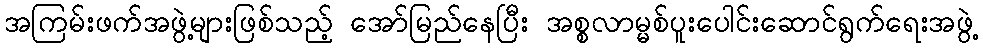
အကြမ်းဖက်အဖွဲ့များဖြစ်သည့် အော်မြည်နေပြီး အစ္စလာမ္မစ်ပူးပေါင်းဆောင်ရွက်ရေးအဖွဲ့